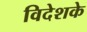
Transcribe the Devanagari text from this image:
विदेशके